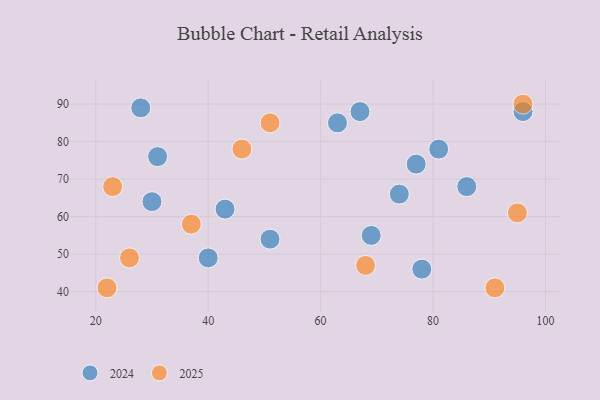
{"axis": {"x": "GDP", "y": "Life Expectancy"}, "legend": ["2024", "2025"], "data": [{"x": "51", "y": 85, "type": "2025"}, {"x": "95", "y": 61, "type": "2025"}, {"x": "46", "y": 78, "type": "2025"}, {"x": "91", "y": 41, "type": "2025"}, {"x": "96", "y": 90, "type": "2025"}, {"x": "68", "y": 47, "type": "2025"}, {"x": "23", "y": 68, "type": "2025"}, {"x": "26", "y": 49, "type": "2025"}, {"x": "22", "y": 41, "type": "2025"}, {"x": "37", "y": 58, "type": "2025"}, {"x": "81", "y": 78, "type": "2024"}, {"x": "67", "y": 88, "type": "2024"}, {"x": "31", "y": 76, "type": "2024"}, {"x": "69", "y": 55, "type": "2024"}, {"x": "74", "y": 66, "type": "2024"}, {"x": "63", "y": 85, "type": "2024"}, {"x": "40", "y": 49, "type": "2024"}, {"x": "28", "y": 89, "type": "2024"}, {"x": "30", "y": 64, "type": "2024"}, {"x": "51", "y": 54, "type": "2024"}, {"x": "77", "y": 74, "type": "2024"}, {"x": "96", "y": 88, "type": "2024"}, {"x": "78", "y": 46, "type": "2024"}, {"x": "86", "y": 68, "type": "2024"}, {"x": "43", "y": 62, "type": "2024"}]}